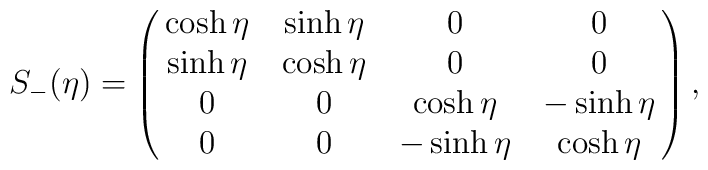
S_{-}(\eta) = \pmatrix{\cosh\eta  & \sinh\eta & 0 & 0 \cr\sinh\eta & \cosh\eta  & 0 & 0 \cr0 & 0 & \cosh\eta  & -\sinh\eta \cr0 & 0 & -\sinh\eta & \cosh\eta } ,